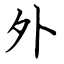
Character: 外